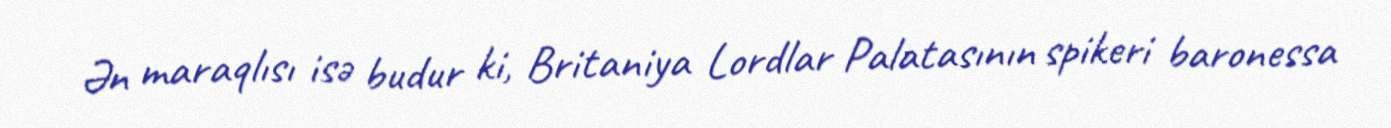
Ən maraqlısı isə budur ki, Britaniya Lordlar Palatasının spikeri baronessa